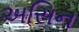
અસિન